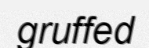
gruffed